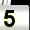
Digit: 5